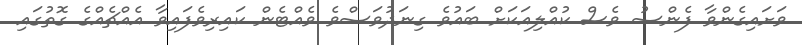
ވަށައިގެންވާ ފެންސު ވެސް ކުއްލިއަކަށް ބައުވެ ގިނަދުވަސްވެ ވެއްޓެން ކައިރިވެފައިވާ އެއްޗެއްގެ ގޮތުގައި